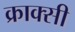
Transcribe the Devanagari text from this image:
क्राक्सी